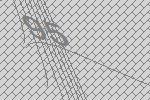
95